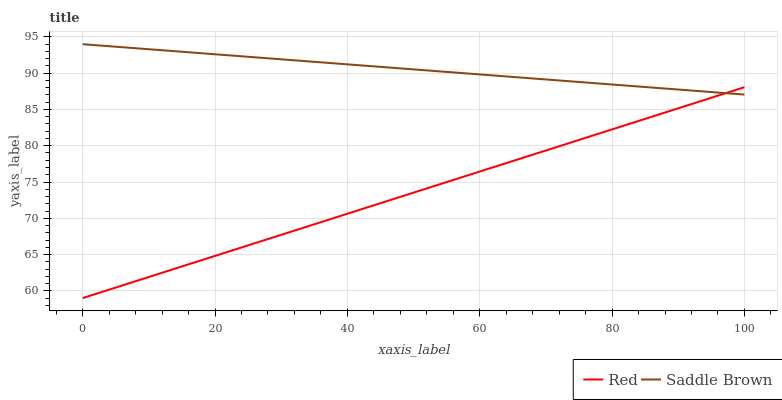
| xaxis_label | Red | Saddle Brown |
 | --- | --- | --- |
 | 0 | 59 | 94 |
 | 14.3 | 63.2 | 93 |
 | 28.6 | 67.3 | 92 |
 | 42.9 | 71.5 | 91 |
 | 57.1 | 75.6 | 90 |
 | 71.4 | 79.8 | 89 |
 | 85.7 | 83.9 | 88 |
 | 100 | 88.1 | 87.1 |